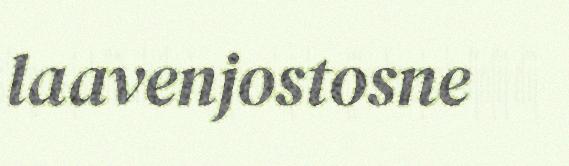
laavenjostosne